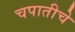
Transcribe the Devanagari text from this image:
चपातीचे